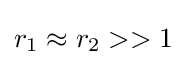
r_{1}\approx r_{2}>>1